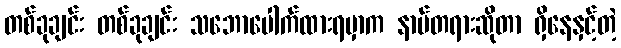
တစ်ခုချင်း တစ်ခုချင်း သဘောပေါက်ထားရမှာက နာမ်တရားဆိုတာ ရှိနေနှင့်တဲ့